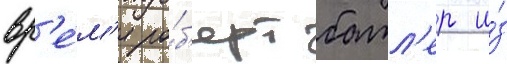
вр'е́м'я ро́б'ерт батл'ер и́з